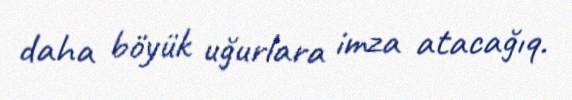
daha böyük uğurlara imza atacağıq.